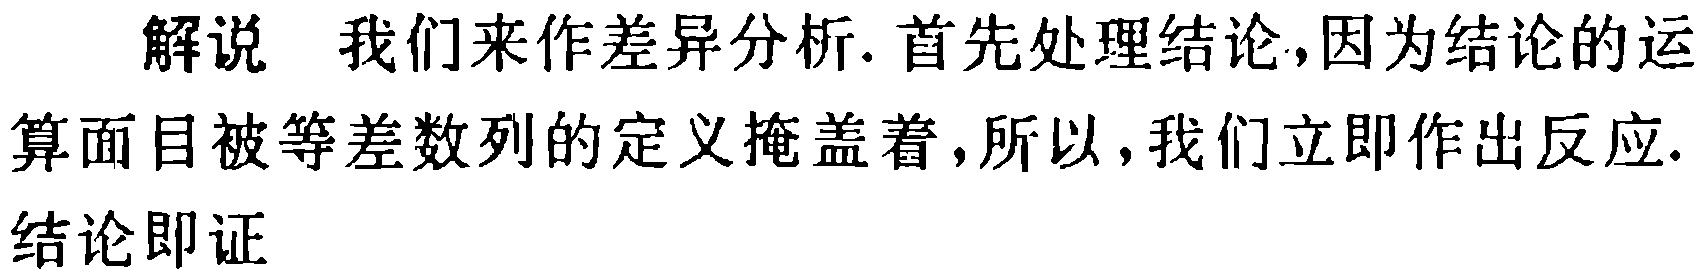
解说 我们来作差异分析. 首先处理结论,因为结论的运算面目被等差数列的定义掩盖着,所以, 我们立即作出反应. 结论即证